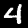
Digit: 4